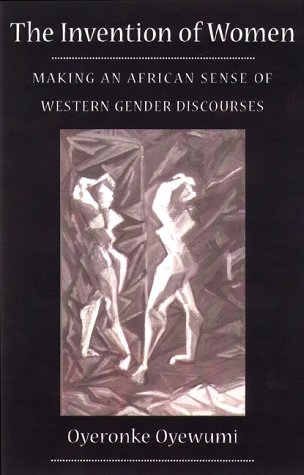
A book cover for The Invention of Women: Making an African Sense of Western Gender Discourses; Oyeronke Oyewumi; Gay & Lesbian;